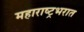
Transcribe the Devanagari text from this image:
महाराष्ट्रभरात